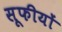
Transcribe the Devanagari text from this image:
सूफीयों